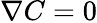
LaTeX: \nabla C=0